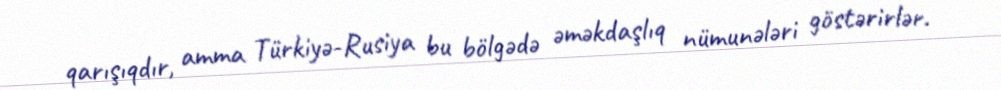
qarışıqdır, amma Türkiyə-Rusiya bu bölgədə əməkdaşlıq nümunələri göstərirlər.